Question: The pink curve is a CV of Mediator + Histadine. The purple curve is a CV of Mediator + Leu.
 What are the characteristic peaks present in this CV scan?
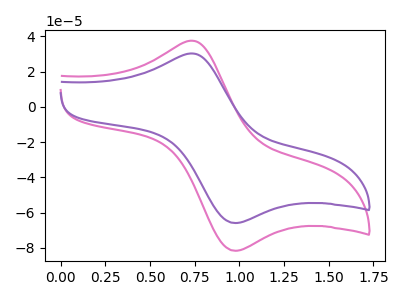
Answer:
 <answer>The pink curve "Mediator + Histadine" has an anodic peak at (0.75V, 37.55uA) and a cathodic peak at (1.00V, -81.70uA). The purple curve "Mediator + Leu" has an anodic peak at (0.75V, 30.30uA) and a cathodic peak at (1.00V, -65.95uA).</answer>
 <eval></eval>